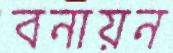
বনায়ন